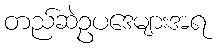
တည်ဆဲဥပဒေများအရ